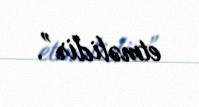
etməlidir”.